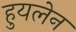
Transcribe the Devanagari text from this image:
हुयलेन